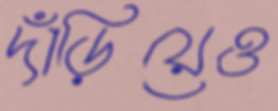
দাঁড়িয়েও